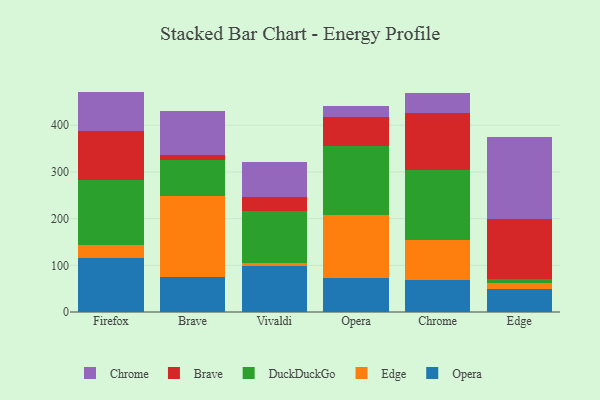
{"axis": {"x": "Browser", "y": "Shipments"}, "legend": ["Brave", "Chrome", "DuckDuckGo", "Edge", "Opera"], "data": [{"x": "Firefox", "y": 116.1, "type": "Opera"}, {"x": "Firefox", "y": 26.9, "type": "Edge"}, {"x": "Firefox", "y": 140.0, "type": "DuckDuckGo"}, {"x": "Firefox", "y": 105.1, "type": "Brave"}, {"x": "Firefox", "y": 84.0, "type": "Chrome"}, {"x": "Brave", "y": 75.2, "type": "Opera"}, {"x": "Brave", "y": 174.0, "type": "Edge"}, {"x": "Brave", "y": 75.6, "type": "DuckDuckGo"}, {"x": "Brave", "y": 10.9, "type": "Brave"}, {"x": "Brave", "y": 94.5, "type": "Chrome"}, {"x": "Vivaldi", "y": 99.6, "type": "Opera"}, {"x": "Vivaldi", "y": 5.1, "type": "Edge"}, {"x": "Vivaldi", "y": 111.3, "type": "DuckDuckGo"}, {"x": "Vivaldi", "y": 30.0, "type": "Brave"}, {"x": "Vivaldi", "y": 75.5, "type": "Chrome"}, {"x": "Opera", "y": 73.1, "type": "Opera"}, {"x": "Opera", "y": 134.0, "type": "Edge"}, {"x": "Opera", "y": 149.4, "type": "DuckDuckGo"}, {"x": "Opera", "y": 61.4, "type": "Brave"}, {"x": "Opera", "y": 23.6, "type": "Chrome"}, {"x": "Chrome", "y": 69.1, "type": "Opera"}, {"x": "Chrome", "y": 84.5, "type": "Edge"}, {"x": "Chrome", "y": 150.6, "type": "DuckDuckGo"}, {"x": "Chrome", "y": 121.9, "type": "Brave"}, {"x": "Chrome", "y": 42.6, "type": "Chrome"}, {"x": "Edge", "y": 49.1, "type": "Opera"}, {"x": "Edge", "y": 12.2, "type": "Edge"}, {"x": "Edge", "y": 10.2, "type": "DuckDuckGo"}, {"x": "Edge", "y": 127.7, "type": "Brave"}, {"x": "Edge", "y": 175.2, "type": "Chrome"}]}